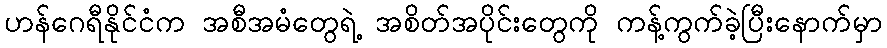
ဟန်ဂေရီနိုင်ငံက အစီအမံတွေရဲ့ အစိတ်အပိုင်းတွေကို ကန့်ကွက်ခဲ့ပြီးနောက်မှာ